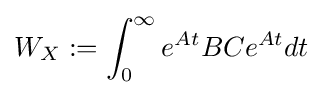
W_{X}:=\int _{0}^{\infty }e^{At}BCe^{At}dt